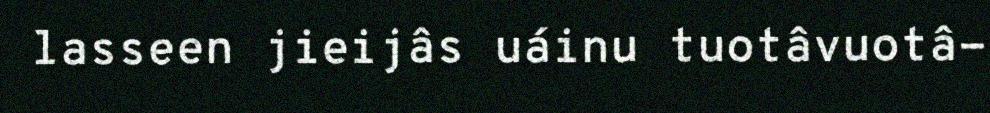
lasseen jieijâs uáinu tuotâvuotâ-